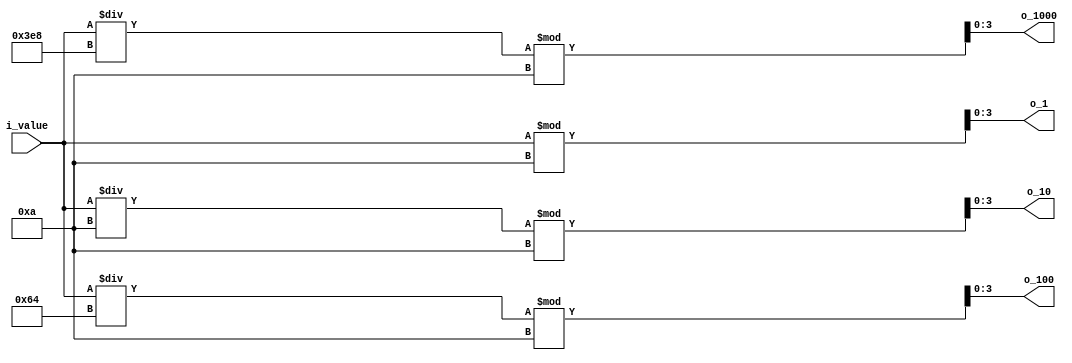
`timescale 1ns / 1ps
//////////////////////////////////////////////////////////////////////////////////
// Company: 
// Engineer: 
// 
// Design Name: 
// Module Name: digit_divider
// Project Name: 
// Target Devices: 
// Tool Versions: 
// Description: 
// 
// Dependencies: 
// 
// Revision:
// Revision 0.01 - File Created
// Additional Comments:
// 
//////////////////////////////////////////////////////////////////////////////////


module digit_divider(
        input [13:0] i_value,
        output [3:0] o_1000, o_100, o_10, o_1
    );

    assign o_1 = i_value % 10;
    assign o_10 = i_value / 10 % 10;
    assign o_100 = i_value / 100 % 10;
    assign o_1000 = i_value / 1000 % 10;

   
endmodule